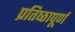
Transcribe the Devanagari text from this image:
प्रतिष्‍ठापूर्ण